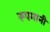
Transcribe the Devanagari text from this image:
रूपमानी